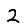
Digit: 2